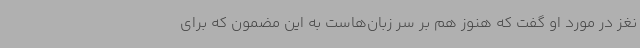
نغز در مورد او گفت که هنوز هم بر سر زبان‌هاست به این مضمون که برای